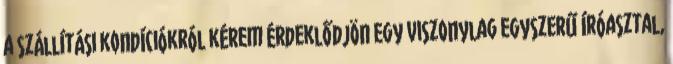
a szállítási kondíciókról kérem érdeklődjön Egy viszonylag egyszerű íróasztal,